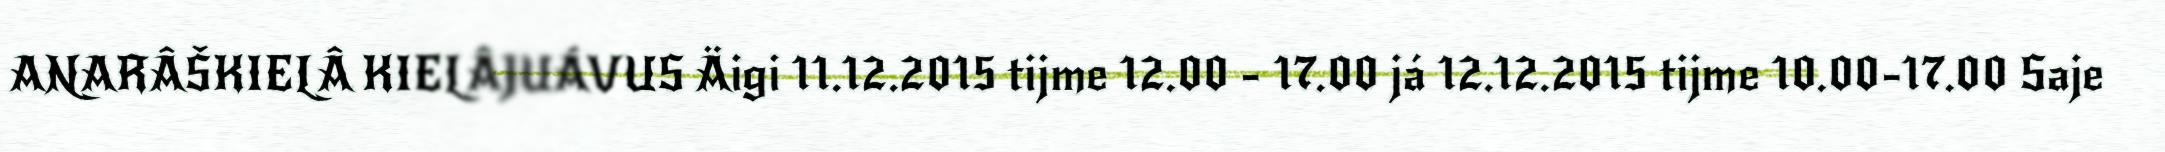
ANARÂŠKIELÂ KIELÂJUÁVUS Äigi 11.12.2015 tijme 12.00 - 17.00 já 12.12.2015 tijme 10.00-17.00 Saje